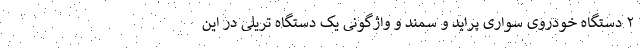
۲ دستگاه خودروی سواری پراید و سمند و واژگونی یک دستگاه تریلی در این